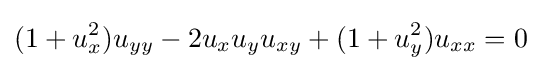
(1+u_{x}^{2})u_{yy}-2u_{x}u_{y}u_{xy}+(1+u_{y}^{2})u_{xx}=0